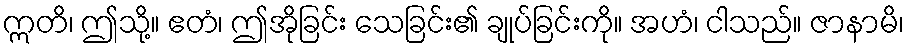
ဣတိ၊ ဤသို့။ ဧတံ၊ ဤအိုခြင်း သေခြင်း၏ ချုပ်ခြင်းကို။ အဟံ၊ ငါသည်။ ဇာနာမိ၊